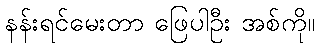
နန်းရင်မေးတာ ဖြေပါဦး အစ်ကို။